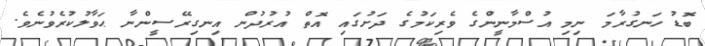
ބޮޑު ހަނގުރާމަ ނިމި އުސްމާނީންގެ ވެރިކަމުގެ ދަށުގައި އޮތް އުރުދުން އިނގިރޭސީންނާ ޙަވާލުކުރެވުނެވެ.